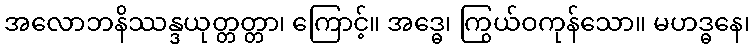
အလောဘနိဿန္ဒယုတ္တတ္တာ၊ ကြောင့်။ အဒ္ဓေ၊ ကြွယ်ဝကုန်သော။ မဟဒ္ဓနေ၊